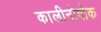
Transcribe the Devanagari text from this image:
कालीनोवोक